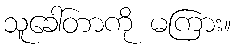
သူခေါ်တာကို မကြား။